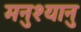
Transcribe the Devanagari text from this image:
मनुश्यानु